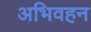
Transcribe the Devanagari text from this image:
अभिवहन